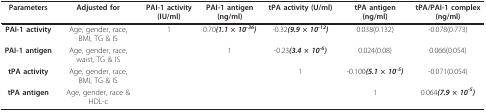
<table><thead><tr><td><b>Parameters</b></td><td><b>Adjusted for</b></td><td><b>PAI-1 activity (IU/ml)</b></td><td><b>PAI-1 antigen (ng/ml)</b></td><td><b>tPA activity (U/ml)</b></td><td><b>tPA antigen (ng/ml)</b></td><td><b>tPA/PAI-1 complex (ng/ml)</b></td></tr></thead><tbody><tr><td><b>PAI-1 activity</b></td><td>Age, gender, race, BMI, TG &amp; IS</td><td>1</td><td>0.70<b><i>(1.1 × 10<sup>-36</sup>)</i></b></td><td>-0.32<b><i>(9.9 × 10<sup>-12</sup>)</i></b></td><td>0.038(0.132)</td><td>-0.078(0.773)</td></tr><tr><td><b>PAI-1 antigen</b></td><td>Age, gender, race, waist, TG &amp; IS</td><td></td><td>1</td><td>-0.23<b><i>(3.4 × 10<sup>-6</sup>)</i></b></td><td>0.024(0.08)</td><td>0.066(0.054)</td></tr><tr><td><b>tPA activity</b></td><td>Age, gender, race, BMI, TG &amp; IS</td><td></td><td></td><td>1</td><td>-0.100<b><i>(5.1 × 10<sup>-5</sup>)</i></b></td><td>-0.071(0.054)</td></tr><tr><td><b>tPA antigen</b></td><td>Age, gender, race &amp; HDL-c</td><td></td><td></td><td></td><td>1</td><td>0.064<b><i>(7.9 × 10<sup>-5</sup>)</i></b></td></tr></tbody></table>